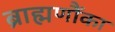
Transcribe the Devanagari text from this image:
ब्राह्मणौंका